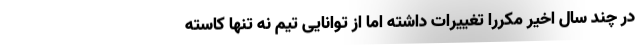
در چند سال اخیر مکررا تغییرات داشته اما از توانایی تیم نه تنها کاسته